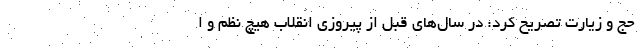
حج و زیارت تصریح کرد: در سال‌های قبل از پیروزی انقلاب هیچ نظم و ا